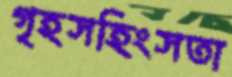
গৃহসহিংসতা